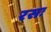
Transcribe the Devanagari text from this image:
रसः